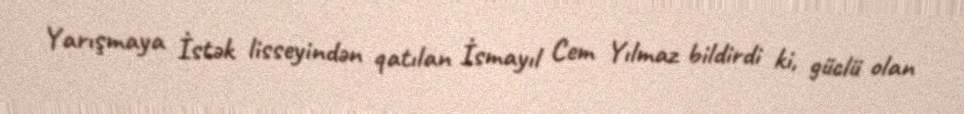
Yarışmaya İstək lisseyindən qatılan İsmayıl Cem Yılmaz bildirdi ki, güclü olan